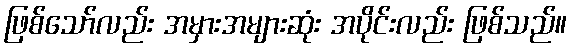
ဖြစ်သော်လည်း အမှားအများဆုံး အပိုင်းလည်း ဖြစ်သည်။